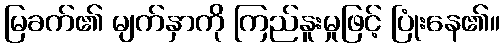
မြခက်၏ မျက်နှာကို ကြည်နူးမှုဖြင့် ပြုံးနေ၏။